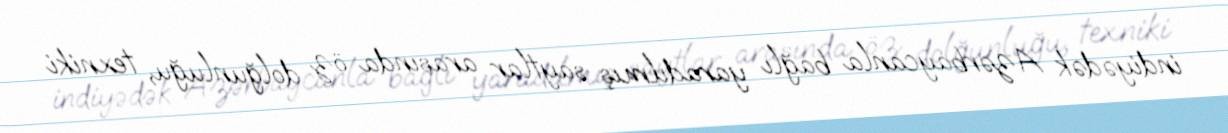
indiyədək Azərbaycanla bağlı yaradılmış saytlar arasında öz dolğunluğu, texniki